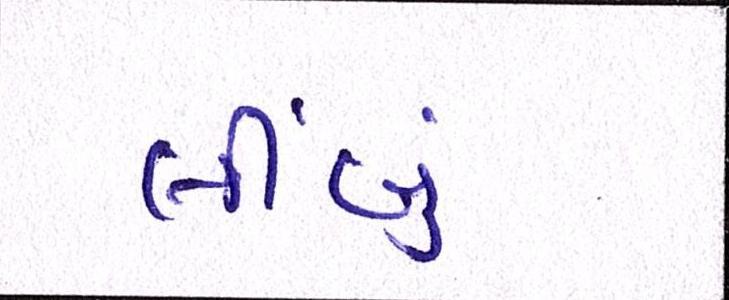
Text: લીબું